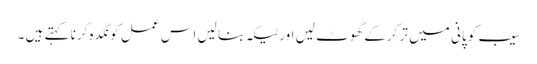
سیب کو پانی میں تر کرکے گھوٹ لیں اور ٹیکہ بنا لیں اس عمل کو نگدہ کرنا کہتے ہیں ۔